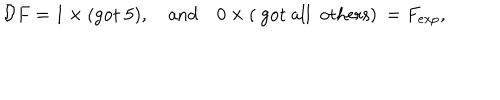
{ \cal D } F = 1 \times \mathrm { ( g o t ~ 5 ) } , \quad \mathrm { a n d } \quad 0 \times \mathrm { ( ~ g o t ~ a l l ~ o t h e r s ) } \: = F _ { e x p } ,